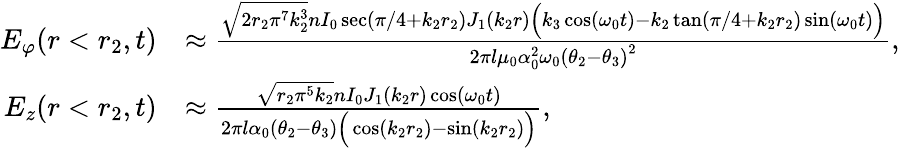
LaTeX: \begin{array}{rl}{E_{\varphi}(r<r_{2},t)}&{\approx\frac{\sqrt{2r_{2}\pi^{7}k_{2}^{3}}nI_{0}\sec(\pi/4+k_{2}r_{2})J_{1}(k_{2}r)\Big(k_{3}\cos(\omega_{0}t)-k_{2}\tan(\pi/4+k_{2}r_{2})\sin(\omega_{0}t)\Big)}{2\pi l\mu_{0}\alpha_{0}^{2}\omega_{0}\left(\theta_{2}-\theta_{3}\right)^{2}},}\\ {E_{z}(r<r_{2},t)}&{\approx\frac{\sqrt{r_{2}\pi^{5}k_{2}}nI_{0}J_{1}(k_{2}r)\cos(\omega_{0}t)}{2\pi l\alpha_{0}(\theta_{2}-\theta_{3})\Big(\cos(k_{2}r_{2})-\sin(k_{2}r_{2})\Big)},}\end{array}